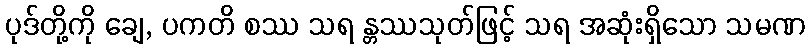
ပုဒ်တို့ကို ချေ, ပကတိ စဿ သရ န္တဿသုတ်ဖြင့် သရ အဆုံးရှိသော သမဏ